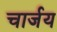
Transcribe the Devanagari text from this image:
चार्जय